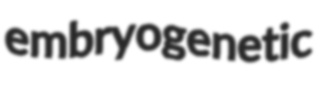
embryogenetic